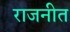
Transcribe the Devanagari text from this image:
राजनीत